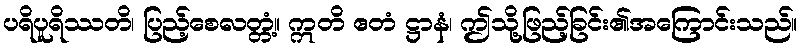
ပရိပူရိဿတိ၊ ပြည့်စေလတ္တံ့။ ဣတိ ဧတံ ဋ္ဌာနံ၊ ဤသို့ဖြည့်ခြင်း၏အကြောင်းသည်။